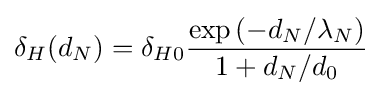
\delta _{H}(d_{N})=\delta _{H0}{\frac {\exp \left(-d_{N}/\lambda _{N}\right)}{1+d_{N}/d_{0}}}